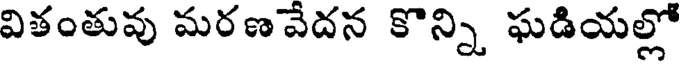
వితంతువు మరణవేదన కొన్ని ఘడియల్లో